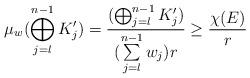
LaTeX: \begin{align*}\mu_w (\bigoplus_{j = l}^{n-1} K_j') = \frac{(\bigoplus_{j = l}^{n-1} K_j')}{(\sum\limits_{j=l}^{n-1} w_j)r} \geq \frac{\chi(E)}{r}\end{align*}